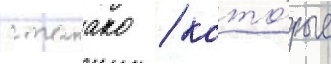
с такако / кото́рые